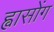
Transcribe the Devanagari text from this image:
ह्वासोंग